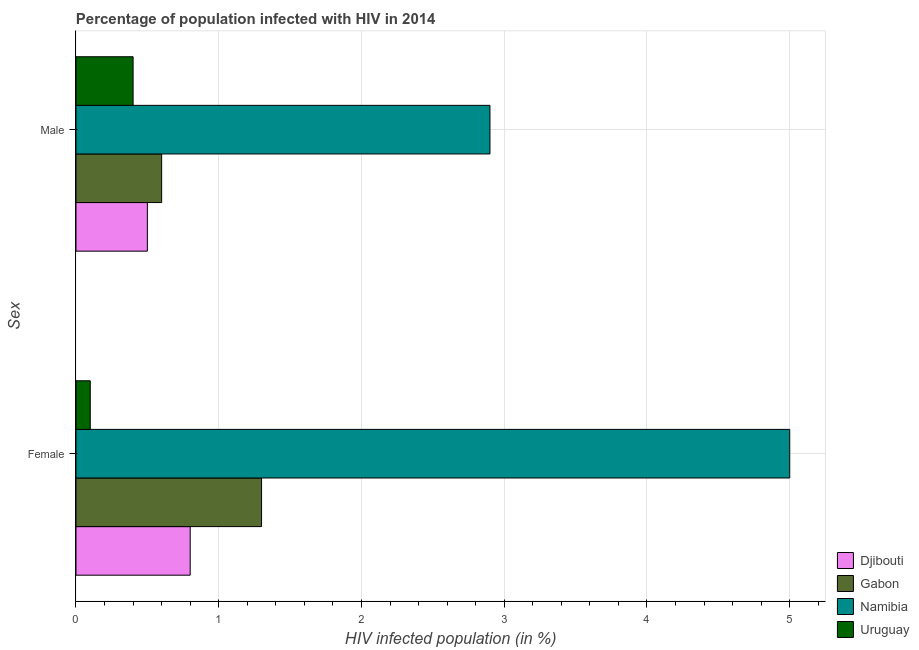
| Sex | Djibouti | Gabon | Namibia | Uruguay |
 | --- | --- | --- | --- | --- |
 | Female | 0.8 | 1.3 | 5 | 0.1 |
 | Male | 0.5 | 0.6 | 2.9 | 0.4 |